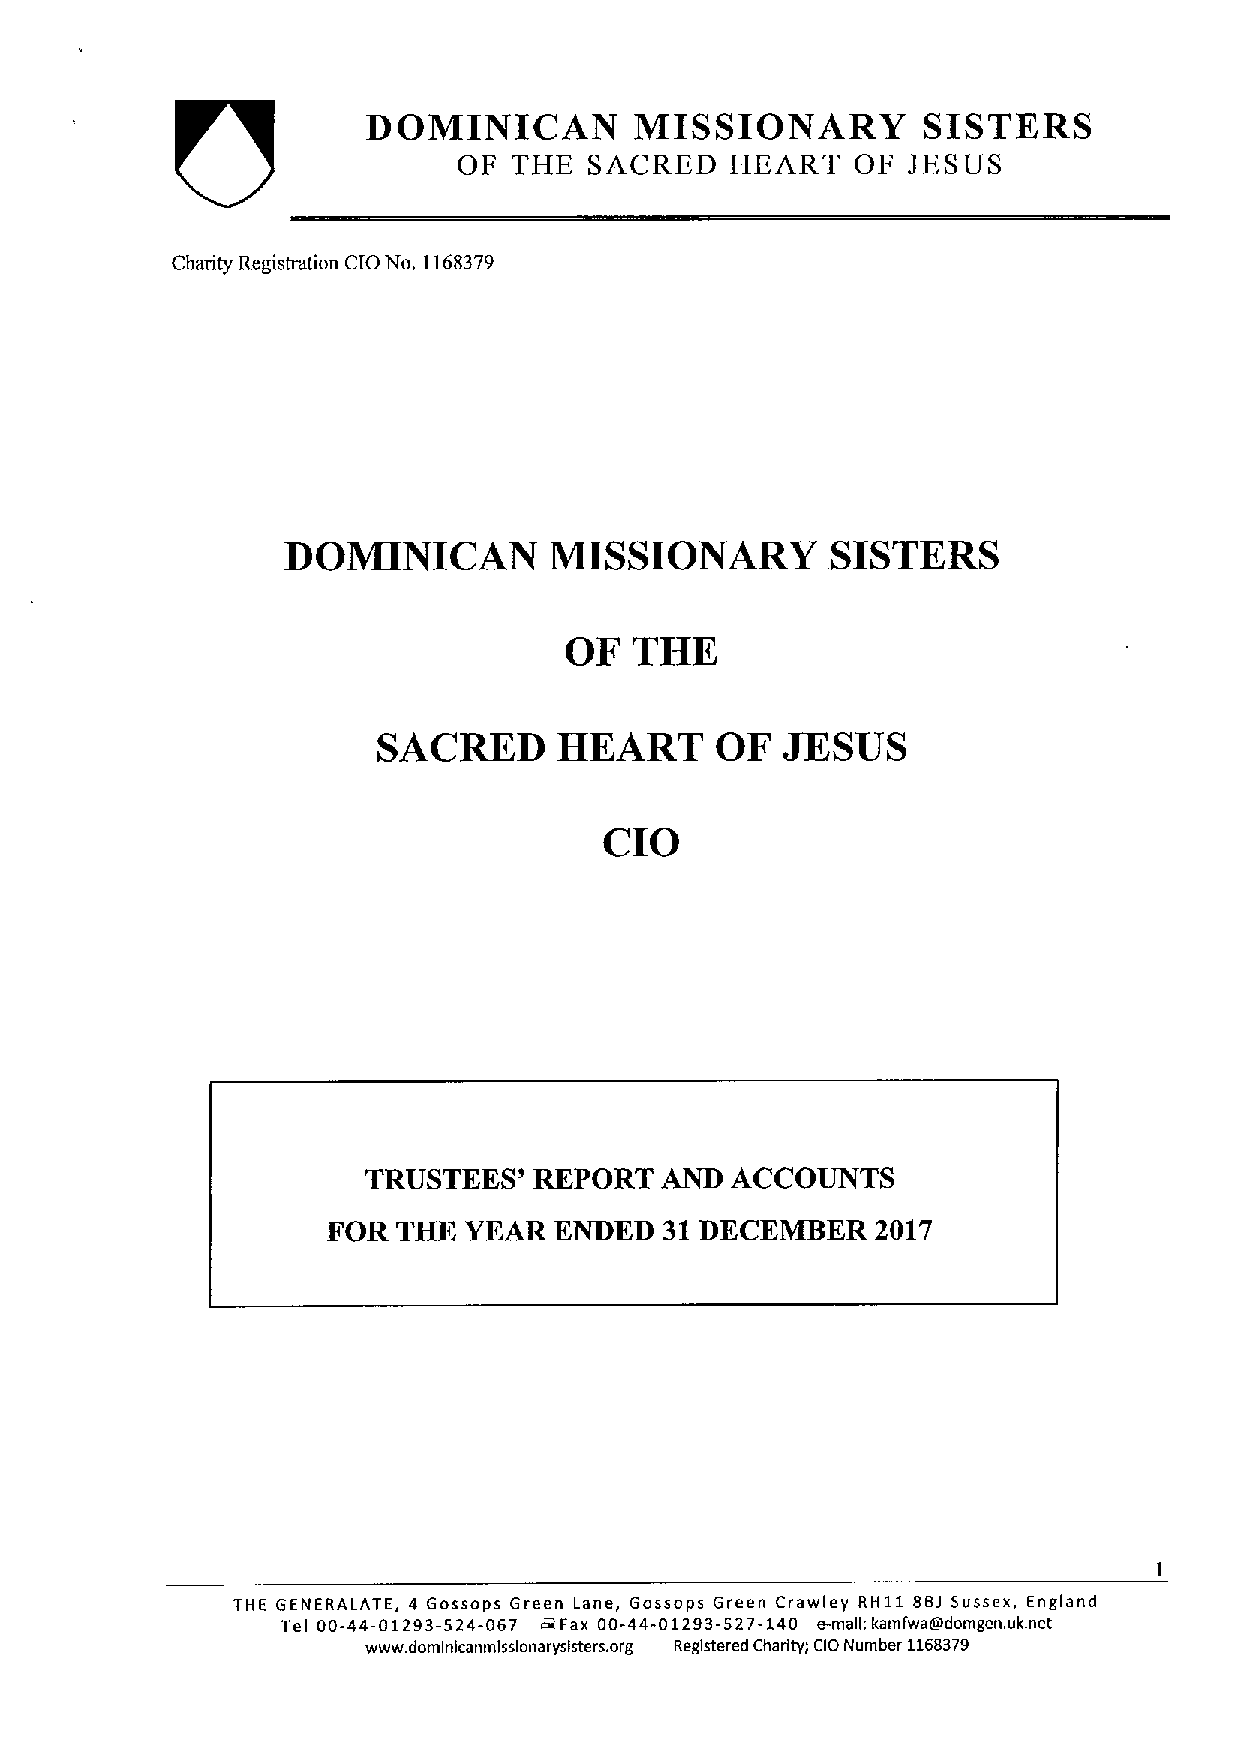
DOMINICAN         MISSIONARY         SISTERS
 OF  THE  SACRED   HEART    OF JESUS
 Charity Registration CIO No. 1168379
 DOMINICAN        MISSIONARY         SISTERS
 OF   THE
 SACRED      HEART     OF   JESUS
 CIO
 TRUSTEES'  REPORT   AND ACCOUNTS
 FOR THE  YEAR  ENDED  31 DECEMBER   2017
 THE GENERALATE, 4 Gossops Green Lane, Gossops Green Crawley RH11 881 Sussex, England
 Tel 00-44-01293-524-067 ds Fax 00-44-01293-527-140 e-malk kamfwalrdomgen. uk.net
 www. domlnlcanmlsslonaryslsters. org Registered Charity; CLONumber 1168379